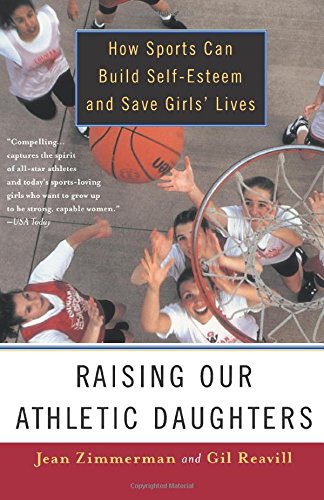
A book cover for Raising Our Athletic Daughters: How Sports Can Build Self-Esteem and Save Girls' Lives; Jean Zimmerman; Sports & Outdoors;